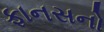
ફાનસનો